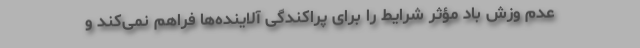
عدم وزش باد مؤثر شرایط را برای پراکندگی آلاینده‌ها فراهم نمی‌کند و